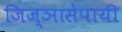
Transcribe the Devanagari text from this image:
जिज्ञासेपायी